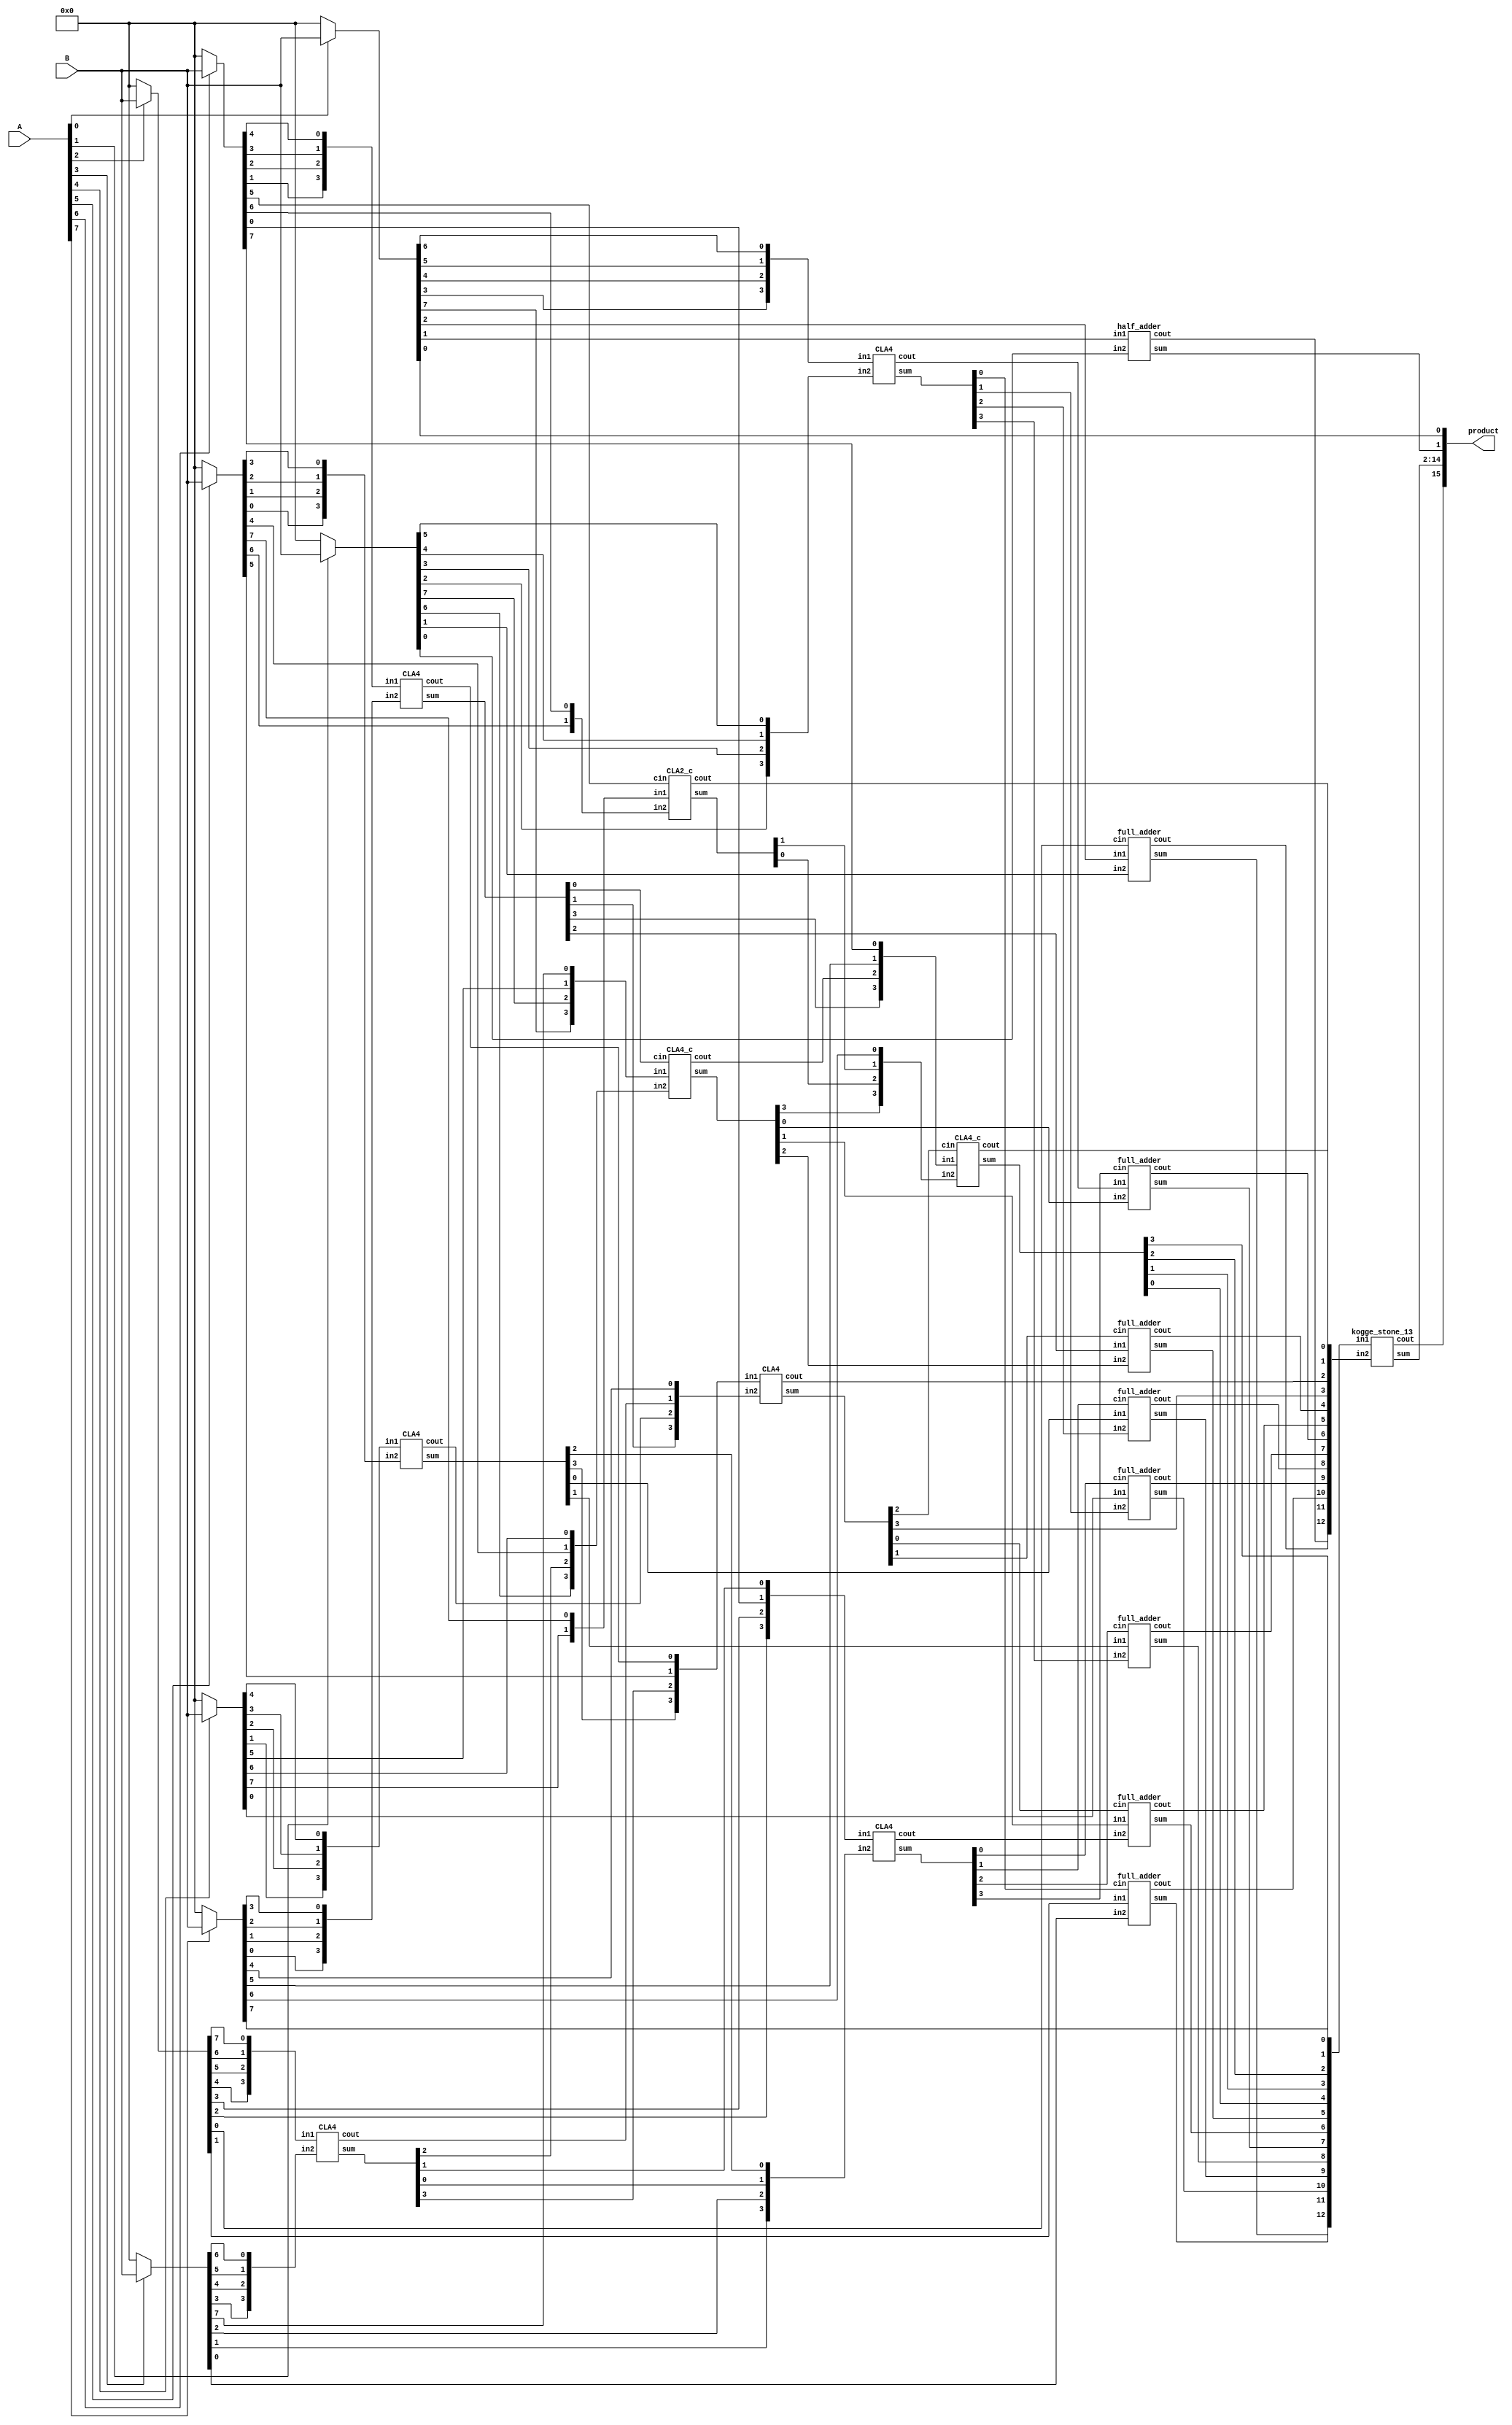
module multiplier_8bits_version2(product, A, B);
    
    /* This implementation is similar to 8bit dadda with CLA reduction, but uses kogge-stone adder at the end 
     * Area: 1283.066162 
     * Power: 0.6689mW
     * Timing: 1.27
     */

    input [7:0] A, B;
    output [15:0] product;

    wire [7:0] pp0, pp1, pp2, pp3, pp4, pp5, pp6, pp7;

    assign pp0 = A[0] ? B : 8'b00000000;
    assign pp1 = A[1] ? B : 8'b00000000;
    assign pp2 = A[2] ? B : 8'b00000000;
    assign pp3 = A[3] ? B : 8'b00000000;
    assign pp4 = A[4] ? B : 8'b00000000;
    assign pp5 = A[5] ? B : 8'b00000000;
    assign pp6 = A[6] ? B : 8'b00000000;
    assign pp7 = A[7] ? B : 8'b00000000;
 
    assign product[0] = pp0[0];

    /* 1st CLA*/ 
    wire [3:0] s1, in1_1, in1_2;
    wire c1;
    assign in1_1 = {pp2[4],pp2[5],pp2[6],pp2[7]};
    assign in1_2 = {pp3[3],pp3[4],pp3[5],pp3[6]};
    CLA4 CLA01(s1, c1, in1_1, in1_2);

    /* 2nd CLA */
    wire [3:0] s2, in2_1, in2_2;
    wire c2;
    assign in2_1 = {pp4[1],pp4[2],pp4[3],pp4[4]};
    assign in2_2 = {pp5[0],pp5[1],pp5[2],pp5[3]};
    CLA4 CLA02(s2, c2, in2_1, in2_2);

    /* 3rd CLA */
    wire [3:0] s3, in3_1, in3_2;
    wire c3;
    assign in3_1 = {pp6[1],pp6[2],pp6[3],pp6[4]};
    assign in3_2 = {pp7[0],pp7[1],pp7[2],pp7[3]};
    CLA4 CLA03(s3, c3, in3_1, in3_2);

    /* 4th CLA */
    wire [3:0] s4, in4_1, in4_2;
    wire c4;
    assign in4_1 = {pp0[3],pp0[4],pp0[5],pp0[6]};
    assign in4_2 = {pp1[2],pp1[3],pp1[4],pp1[5]};
    CLA4 CLA04(s4, c4, in4_1, in4_2);

    /* 5th CLA */
    wire [3:0] s5, in5_1, in5_2;
    wire c5;
    assign in5_1 = {pp0[7],pp1[7],pp4[5],pp3[7]};
    assign in5_2 = {pp1[6],s1[2],pp5[4],pp4[6]};
    CLA4_c CLA05(s5, c5, in5_1, in5_2, s3[0]);

     /* 6th CLA */
    wire [1:0] s6, in6_1, in6_2;
    wire c6;
    assign in6_1 = {pp4[7],pp5[7]};
    assign in6_2 = {pp5[6],pp6[6]};
    CLA2_c CLA06(s6, c6, in6_1, in6_2, pp6[5]);

    /* 7th CLA */
    wire [3:0] s7, in7_1, in7_2;
    wire c7;
    assign in7_1 = {pp2[2],pp2[3],pp6[0],s1[1]};
    assign in7_2 = {pp3[1],pp3[2],s1[0],s2[2]};
    CLA4 CLA07(s7, c7, in7_1, in7_2);

    /* 8th CLA */
    wire [3:0] s8, in8_1, in8_2;
    wire c8;
    assign in8_1 = {s2[3],s1[3],pp5[5],c3};
    assign in8_2 = {s3[1],c2,c1,pp7[4]};
    CLA4 CLA08(s8, c8, in8_1, in8_2);

    half_adder ha01(product[1], cA, pp0[1], pp1[0]);
    full_adder fa01(sB, cB, pp0[2], pp1[1], pp2[0]);
    full_adder fa02(sC, cC, pp2[1], pp3[0], s4[0]);
    full_adder fa03(sD, cD, pp4[0], s4[1],  s7[0]);
    full_adder fa04(sE, cE, s2[0],  s4[2],  s7[1]);
    full_adder fa05(sF, cF, s2[1],  s4[3],  s7[2]);
    full_adder fa06(sG, cG, c4,     s5[0],  s7[3]);
    full_adder fa07(sH, cH, s5[1],  c7,     s8[0]);
    full_adder fa08(sI, cI, s3[2],  s5[2],  s8[1]);
   

    /* CLA */
    wire [3:0] s9, in9_1, in9_2;
    wire c9;
    assign in9_1 = {s3[3],c5,pp7[5],pp6[7]};
    assign in9_2 = {s5[3],s6[0],s6[1],pp7[6]};
    CLA4_c CLA09(s9, c9, in9_1, in9_2, s8[2]);  

    /* Final Stage */
    wire [12:0] s, in_1, in_2;
    wire c;
    assign in_1 = {sB,sC,sD,sE,sF,sG,sH,sI,s9[0],s9[1],s9[2],s9[3],pp7[7]};
    assign in_2 = {cA,cB,cC,cD,cE,cF,cG,cH,cI,s8[3],c8,c6,c9};
    kogge_stone_13 KS_13(s, c, in_1, in_2);
    assign product[15] = c;
    assign product[2]  = s[0];
    assign product[3]  = s[1];
    assign product[4]  = s[2];
    assign product[5]  = s[3];
    assign product[6]  = s[4];
    assign product[7]  = s[5];
    assign product[8]  = s[6];
    assign product[9]  = s[7];
    assign product[10] = s[8];
    assign product[11] = s[9];
    assign product[12] = s[10];
    assign product[13] = s[11];
    assign product[14] = s[12];
endmodule

module CLA2_c(output [1:0] sum,
            output cout,
            input [1:0] in1, in2,
            input cin);

    wire [1:0] G; /* Generate */
    wire [1:0] P; /* Propagate */
    wire [1:0] C; /* Carry */

    assign G[0] = in1[1] & in2[1]; /*Generate    Gi = Ai * Bi */
    assign G[1] = in1[0] & in2[0];

    assign P[0] = in1[1] ^ in2[1];
    assign P[1] = in1[0] ^ in2[0];

    assign C[0] = cin;
    assign C[1] = G[0] | (P[0] & C[0]);
    assign cout = G[1] | (P[1] & C[1]);
    assign sum = P ^ C;
endmodule

module CLA4(output [3:0] sum,
            output cout,
            input [3:0] in1, in2);

    wire [3:0] G; /* Generate */
    wire [3:0] P; /* Propagate */
    wire [3:0] C; /* Carry */

    assign G[0] = in1[3] & in2[3]; /*Generate    Gi = Ai * Bi */
    assign G[1] = in1[2] & in2[2];
    assign G[2] = in1[1] & in2[1];
    assign G[3] = in1[0] & in2[0];
    assign P[0] = in1[3] ^ in2[3]; /*Propagate   Pi = Ai + Bi */
    assign P[1] = in1[2] ^ in2[2];
    assign P[2] = in1[1] ^ in2[1];
    assign P[3] = in1[0] ^ in2[0];

    assign C[0] = 0;
    assign C[1] = G[0] | (P[0] & C[0]);
    assign C[2] = G[1] | (P[1] & C[1]);
    assign C[3] = G[2] | (P[2] & C[2]);
    assign cout = G[3] | (P[3] & C[3]);
    assign sum = P ^ C;
endmodule

module CLA4_c(output [3:0] sum,
            output cout,
            input [3:0] in1, in2,
            input cin);

    wire [3:0] G; /* Generate */
    wire [3:0] P; /* Propagate */
    wire [3:0] C; /* Carry */

    assign G[0] = in1[3] & in2[3]; /*Generate    Gi = Ai * Bi */
    assign G[1] = in1[2] & in2[2];
    assign G[2] = in1[1] & in2[1];
    assign G[3] = in1[0] & in2[0];
    assign P[0] = in1[3] ^ in2[3]; /*Propagate   Pi = Ai + Bi */
    assign P[1] = in1[2] ^ in2[2];
    assign P[2] = in1[1] ^ in2[1];
    assign P[3] = in1[0] ^ in2[0];

    assign C[0] = cin;
    assign C[1] = G[0] | (P[0] & C[0]);
    assign C[2] = G[1] | (P[1] & C[1]);
    assign C[3] = G[2] | (P[2] & C[2]);
    assign cout = G[3] | (P[3] & C[3]);
    assign sum = P ^ C;
endmodule

module half_adder(output wire sum,
                  output wire cout,
                  input wire in1,
                  input wire in2);
    xor(sum, in1, in2);
    and(cout, in1, in2);
endmodule

module full_adder(output wire sum,
                  output wire cout,
                  input wire in1,
                  input wire in2,
                  input wire cin);
    wire temp1;
    wire temp2;
    wire temp3;
    xor(sum, in1, in2, cin);
    and(temp1,in1,in2);
    and(temp2,in1,cin);
    and(temp3,in2,cin);
    or(cout,temp1,temp2,temp3);
endmodule

module kogge_stone_13(sum, cout, in1, in2);
    input [12:0] in1, in2; //input
    output [12:0] sum; //output
    output cout; //carry-out
    wire [12:0] G_Z, P_Z, //wires
    G_A, P_A,
    G_B, P_B,
    G_C, P_C,
    G_D, P_D;

    assign P_Z[0]  = in1[12] ^ in2[12];
    assign P_Z[1]  = in1[11] ^ in2[11];
    assign P_Z[2]  = in1[10] ^ in2[10];
    assign P_Z[3]  = in1[9]  ^ in2[9];
    assign P_Z[4]  = in1[8]  ^ in2[8];
    assign P_Z[5]  = in1[7]  ^ in2[7];
    assign P_Z[6]  = in1[6]  ^ in2[6];
    assign P_Z[7]  = in1[5]  ^ in2[5];
    assign P_Z[8]  = in1[4]  ^ in2[4];
    assign P_Z[9]  = in1[3]  ^ in2[3];
    assign P_Z[10] = in1[2]  ^ in2[2];
    assign P_Z[11] = in1[1]  ^ in2[1];
    assign P_Z[12] = in1[0]  ^ in2[0];    

    assign G_Z[0]  = in1[12] & in2[12];
    assign G_Z[1]  = in1[11] & in2[11];
    assign G_Z[2]  = in1[10] & in2[10];
    assign G_Z[3]  = in1[9]  & in2[9];
    assign G_Z[4]  = in1[8]  & in2[8];
    assign G_Z[5]  = in1[7]  & in2[7];
    assign G_Z[6]  = in1[6]  & in2[6];
    assign G_Z[7]  = in1[5]  & in2[5];
    assign G_Z[8]  = in1[4]  & in2[4];
    assign G_Z[9]  = in1[3]  & in2[3];
    assign G_Z[10] = in1[2]  & in2[2];
    assign G_Z[11] = in1[1]  & in2[1];
    assign G_Z[12] = in1[0]  & in2[0];

    /*level 1*/
    assign G_A[0] = G_Z[0];
    //gray_cell level_0A(1'b0, P_Z[0], G_Z[0], G_A[0]);
    black_cell level_1A(G_Z[0],  P_Z[1],  G_Z[1],  P_Z[0],  G_A[1],  P_A[1]);
    black_cell level_2A(G_Z[1],  P_Z[2],  G_Z[2],  P_Z[1],  G_A[2],  P_A[2]);
    black_cell level_3A(G_Z[2],  P_Z[3],  G_Z[3],  P_Z[2],  G_A[3],  P_A[3]);
    black_cell level_4A(G_Z[3],  P_Z[4],  G_Z[4],  P_Z[3],  G_A[4],  P_A[4]);
    black_cell level_5A(G_Z[4],  P_Z[5],  G_Z[5],  P_Z[4],  G_A[5],  P_A[5]);
    black_cell level_6A(G_Z[5],  P_Z[6],  G_Z[6],  P_Z[5],  G_A[6],  P_A[6]);
    black_cell level_7A(G_Z[6],  P_Z[7],  G_Z[7],  P_Z[6],  G_A[7],  P_A[7]);
    black_cell level_8A(G_Z[7],  P_Z[8],  G_Z[8],  P_Z[7],  G_A[8],  P_A[8]);
    black_cell level_9A(G_Z[8],  P_Z[9],  G_Z[9],  P_Z[8],  G_A[9],  P_A[9]);
    black_cell level_AA(G_Z[9],  P_Z[10], G_Z[10], P_Z[9],  G_A[10], P_A[10]);
    black_cell level_BA(G_Z[10], P_Z[11], G_Z[11], P_Z[10], G_A[11], P_A[11]);
    black_cell level_CA(G_Z[11], P_Z[12], G_Z[12], P_Z[11], G_A[12], P_A[12]);

    /*level 2*/
    assign G_B[1] = G_A[1];
    //gray_cell level_1B(1'b0,      P_A[1],  G_A[1],  G_B[1]);
    gray_cell level_2B(G_A[0],   P_A[2],  G_A[2],  G_B[2]);
    black_cell level_3B(G_A[1],  P_A[3],  G_A[3],  P_A[1],  G_B[3],  P_B[3]);
    black_cell level_4B(G_A[2],  P_A[4],  G_A[4],  P_A[2],  G_B[4],  P_B[4]);
    black_cell level_5B(G_A[3],  P_A[5],  G_A[5],  P_A[3],  G_B[5],  P_B[5]);
    black_cell level_6B(G_A[4],  P_A[6],  G_A[6],  P_A[4],  G_B[6],  P_B[6]);
    black_cell level_7B(G_A[5],  P_A[7],  G_A[7],  P_A[5],  G_B[7],  P_B[7]);
    black_cell level_8B(G_A[6],  P_A[8],  G_A[8],  P_A[6],  G_B[8],  P_B[8]);
    black_cell level_9B(G_A[7],  P_A[9],  G_A[9],  P_A[7],  G_B[9],  P_B[9]);
    black_cell level_AB(G_A[8],  P_A[10], G_A[10], P_A[8],  G_B[10], P_B[10]);
    black_cell level_BB(G_A[9],  P_A[11], G_A[11], P_A[9],  G_B[11], P_B[11]);
    black_cell level_CB(G_A[10], P_A[12], G_A[12], P_A[10], G_B[12], P_B[12]);

    /*level 3*/
    assign G_C[3] = G_B[3];
    //gray_cell level_3C(1'b0,      P_B[3],  G_B[3],  G_C[3]);
    gray_cell level_4C(G_A[0],   P_B[4],  G_B[4],  G_C[4]);
    gray_cell level_5C(G_B[1],   P_B[5],  G_B[5],  G_C[5]);
    gray_cell level_6C(G_B[2],   P_B[6],  G_B[6],  G_C[6]);
    black_cell level_7C(G_B[3],  P_B[7],  G_B[7],  P_B[3],  G_C[7],  P_C[7]);
    black_cell level_8C(G_B[4],  P_B[8],  G_B[8],  P_B[4],  G_C[8],  P_C[8]);
    black_cell level_9C(G_B[5],  P_B[9],  G_B[9],  P_B[5],  G_C[9],  P_C[9]);
    black_cell level_AC(G_B[6],  P_B[10], G_B[10], P_B[6],  G_C[10], P_C[10]);
    black_cell level_BC(G_B[7],  P_B[11], G_B[11], P_B[7],  G_C[11], P_C[11]);
    black_cell level_CC(G_B[8],  P_B[12], G_B[12], P_B[8],  G_C[12], P_C[12]);

    /*level 4*/
    assign G_D[7] = G_C[7];
    //gray_cell level_7D(1'b0,     P_C[7],   G_C[7],           G_D[7]);
    gray_cell level_8D(G_A[0],   P_C[8],   G_C[8],           G_D[8]);
    gray_cell level_9D(G_B[1],   P_C[9],   G_C[9],           G_D[9]);
    gray_cell level_AD(G_B[2],   P_C[10],  G_C[10],          G_D[10]);
    gray_cell level_BD(G_C[3],   P_C[11],  G_C[11],          G_D[11]);
    gray_cell level_CD(G_C[4],   P_C[12],  G_C[12],          cout);

    /*outputs*/
    assign sum[0]  =           P_Z[0];
    assign sum[1]  = G_A[0]  ^ P_Z[1];
    assign sum[2]  = G_B[1]  ^ P_Z[2];
    assign sum[3]  = G_B[2]  ^ P_Z[3];
    assign sum[4]  = G_C[3]  ^ P_Z[4];
    assign sum[5]  = G_C[4]  ^ P_Z[5];
    assign sum[6]  = G_C[5]  ^ P_Z[6];
    assign sum[7]  = G_C[6]  ^ P_Z[7];
    assign sum[8]  = G_D[7]  ^ P_Z[8];
    assign sum[9]  = G_D[8]  ^ P_Z[9];
    assign sum[10] = G_D[9]  ^ P_Z[10];
    assign sum[11] = G_D[10] ^ P_Z[11];
    assign sum[12] = G_D[11] ^ P_Z[12];
endmodule

module gray_cell(Gk_j, Pi_k, Gi_k, G);
    input Gk_j, Pi_k, Gi_k;
    output G;
    wire Y;
    and(Y, Gk_j, Pi_k);
    or(G, Y, Gi_k);
endmodule

module black_cell(Gk_j, Pi_k, Gi_k, Pk_j, G, P);
    input Gk_j, Pi_k, Gi_k, Pk_j;
    output G, P;
    wire Y;
    and(Y, Gk_j, Pi_k);
    or(G, Gi_k, Y);
    and(P, Pk_j, Pi_k);
endmodule